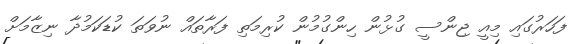
ފަހަރުގައި މިއީ ޖިންސީ ގުޅުން ހިންގުމުން ކުރިމަތި ފަރާތައް ނުވަތަ ކުޑަކަމުދާ ނިޒާމަށް